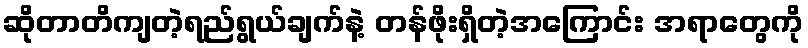
ဆိုတာတိကျတဲ့ရည်ရွယ်ချက်နဲ့ တန်ဖိုးရှိတဲ့အကြောင်း အရာတွေကို